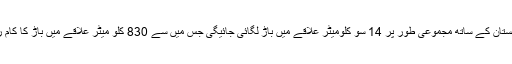
خیبر سے متصل افغانستان کے ساتھ مجموعی طور پر 14 سو کلومیٹر علاقے میں باڑ لگائی جائیگی جس میں سے 830 کلو میٹر علاقے میں باڑ کا کام رواں سال مکمل ہو گا۔